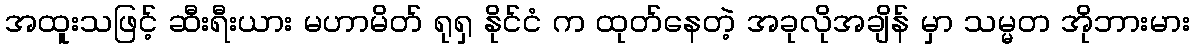
အထူးသဖြင့် ဆီးရီးယား မဟာမိတ် ရုရှ နိုင်ငံ က ထုတ်နေတဲ့ အခုလိုအချိန် မှာ သမ္မတ အိုဘားမား